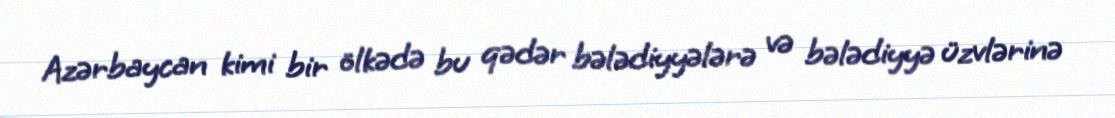
Azərbaycan kimi bir ölkədə bu qədər bələdiyyələrə və bələdiyyə üzvlərinə